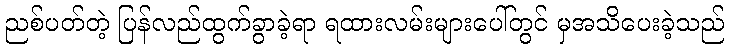
ညစ်ပတ်တဲ့ ပြန်လည်ထွက်ခွာခဲ့ရာ ရထားလမ်းများပေါ်တွင် မှအသိပေးခဲ့သည်